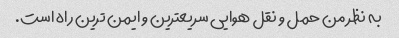
به نظر من حمل و نقل هوایی سریعترین و ایمن ترین راه است.